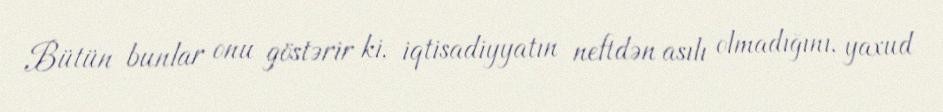
Bütün bunlar onu göstərir ki, iqtisadiyyatın neftdən asılı olmadığını, yaxud